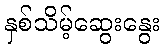
နှစ်သိမ့်ဆွေးနွေး